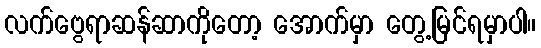
လက်ဗွေရာဆန်ဆာကိုတော့ အောက်မှာ တွေ့မြင်ရမှာပါ။